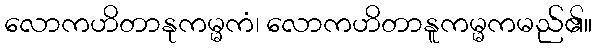
လောကဟိတာနုကမ္မကံ၊ လောကဟိတာနူကမ္မကမည်၏။